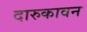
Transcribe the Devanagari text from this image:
दारुकावन